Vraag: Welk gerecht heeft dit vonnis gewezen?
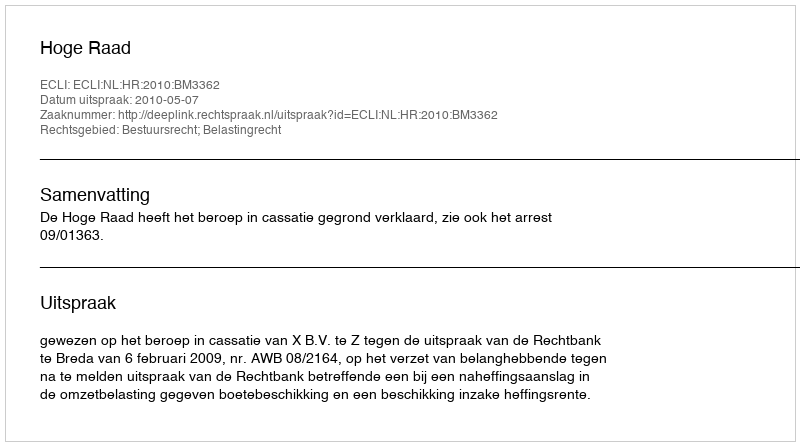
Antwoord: Hoge Raad